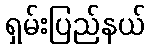
ရှမ်းပြည်နယ်